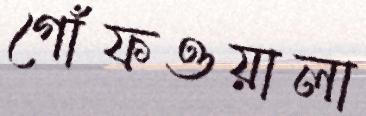
গোঁফওয়ালা